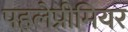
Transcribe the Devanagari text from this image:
पहलेप्रीमियर